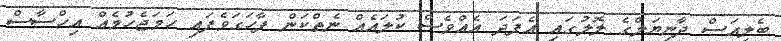
ބެލިއަސް ދާނިޔަލްގެ ލޮލުގައި އެފަދަ އެއްވެސް ކުލައެއް ނެތްކަން ފާހަގަވެފައި ހަމަޖެހުމެއް އިހްސާސް